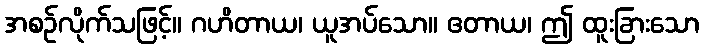
အစဉ်လိုက်သဖြင့်။ ဂဟိတာယ၊ ယူအပ်သော။ ဧတာယ၊ ဤ ထူးခြားသော